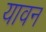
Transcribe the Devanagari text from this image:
यावन